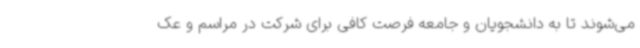
می‌شوند تا به دانشجویان و جامعه فرصت کافی برای شرکت در مراسم و عک